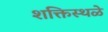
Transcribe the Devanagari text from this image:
शक्तिस्थळे